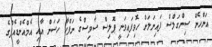
އަންހެން ސިންގަލްސް ފައިނަލަށް ހޮވިފައިވަނީ ޕޮލިސް ސާވިސްގެ ނަފްހާ ހަސަން އާއި އެމްއެންޑީއެފްގެ